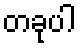
တခုပါ